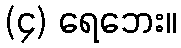
(၄) ရေဘေး။